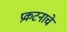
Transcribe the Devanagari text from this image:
प्रकटनाचे